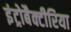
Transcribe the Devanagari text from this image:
इंट्रोबैक्टीरिया